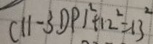
( 1 1 - 3 D P ) ^ { 2 } + 1 2 ^ { 2 } = 1 3 ^ { 2 }